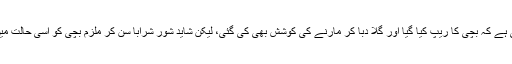
ڈاکٹروں نے تصدیق کی ہے کہ بچی کا ریپ کیا گیا اور گلا دبا کر مارنے کی کوشش بھی کی گئی، لیکن شاید شور شرابا سن کر ملزم بچی کو اسی حالت میں چھوڑ کر فرار ہو گیا۔